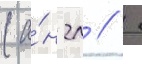
(а́нгл //